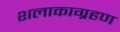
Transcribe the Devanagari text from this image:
शलाकाग्रहण